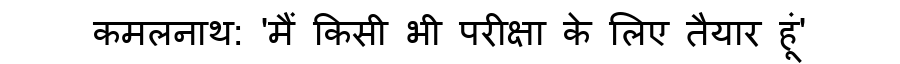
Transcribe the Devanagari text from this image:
कमलनाथ: 'मैं किसी भी परीक्षा के लिए तैयार हूं'